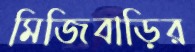
মিজিবাড়ির